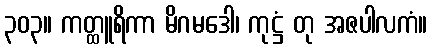
၃၀၃။ ကတ္ထူရိကာ မိဂမဒေါ၊ ကုဋ္ဌံ တု အဇပါလကံ။